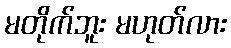
မတိုက်ဘူး မဟုတ်လား